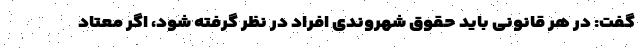
گفت: در هر قانونی باید حقوق شهروندی افراد در نظر گرفته شود، اگر معتاد